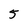
Character: 5